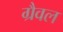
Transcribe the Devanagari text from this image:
ग्रैवल